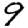
Digit: 9